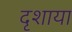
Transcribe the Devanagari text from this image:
दृशाया